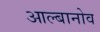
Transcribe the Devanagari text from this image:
आल्बानोव